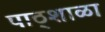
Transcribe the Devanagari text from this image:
पाठ्शाळा